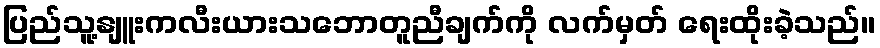
ပြည်သူ့နျူးကလီးယားသဘောတူညီချက်ကို လက်မှတ် ရေးထိုးခဲ့သည်။